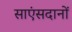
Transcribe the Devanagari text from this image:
साएंसदानों